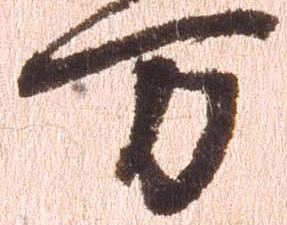
万